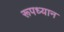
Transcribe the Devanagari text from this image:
रूपध्यान